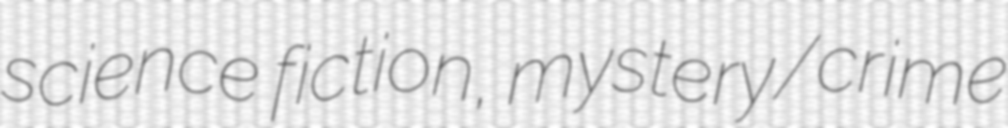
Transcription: science fiction, mystery/crime